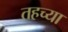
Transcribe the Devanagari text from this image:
तहच्या